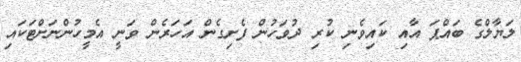
ލަޔާލްގެ ބައްޕަ އާއި ކައިވެނި ކުރި ދުވަހުން ފެށިގެން އަހަރެން ވަނީ އެމީހުންނަށްޓަކައި